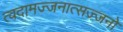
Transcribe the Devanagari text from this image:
त्वदामज्जनात्सज्जनो